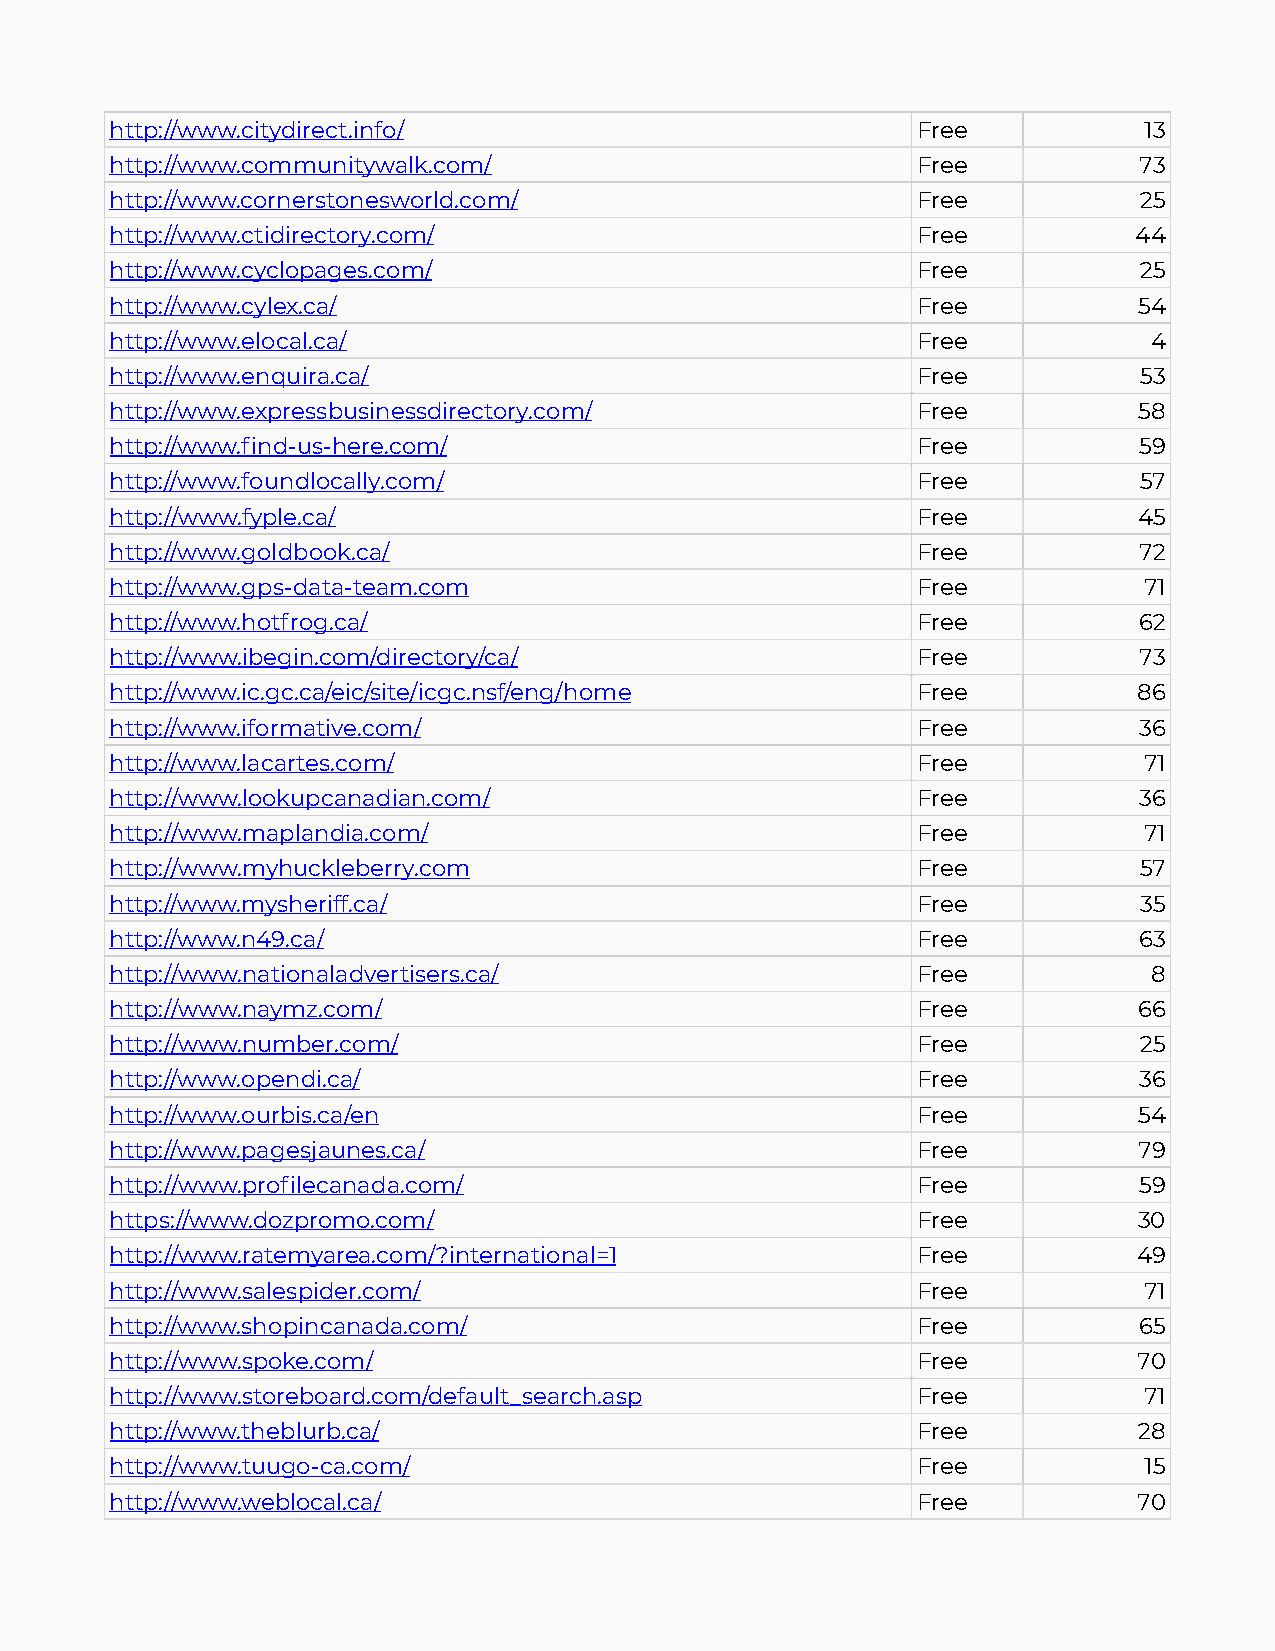
http://www.citydirect.info/                           Free           13
 http://www.communitywalk.com/                         Free          73
 http://www.cornerstonesworld.com/                     Free          25
 http://www.ctidirectory.com/                          Free          44
 http://www.cyclopages.com/                            Free          25
 http://www.cylex.ca/                                  Free          54
 http://www.elocal.ca/                                 Free           4
 http://www.enquira.ca/                                Free          53
 http://www.expressbusinessdirectory.com/              Free          58
 http://www.find-us-here.com/                          Free          59
 http://www.foundlocally.com/                          Free          57
 http://www.fyple.ca/                                  Free          45
 http://www.goldbook.ca/                               Free          72
 http://www.gps-data-team.com                          Free           71
 http://www.hotfrog.ca/                                Free          62
 http://www.ibegin.com/directory/ca/                   Free          73
 http://www.ic.gc.ca/eic/site/icgc.nsf/eng/home        Free          86
 http://www.iformative.com/                            Free          36
 http://www.lacartes.com/                              Free           71
 http://www.lookupcanadian.com/                        Free          36
 http://www.maplandia.com/                             Free           71
 http://www.myhuckleberry.com                          Free          57
 http://www.mysheriff.ca/                              Free          35
 http://www.n49.ca/                                    Free          63
 http://www.nationaladvertisers.ca/                    Free           8
 http://www.naymz.com/                                 Free          66
 http://www.number.com/                                Free          25
 http://www.opendi.ca/                                 Free          36
 http://www.ourbis.ca/en                               Free          54
 http://www.pagesjaunes.ca/                            Free          79
 http://www.profilecanada.com/                         Free          59
 https://www.dozpromo.com/                             Free          30
 http://www.ratemyarea.com/?international=1            Free          49
 http://www.salespider.com/                            Free           71
 http://www.shopincanada.com/                          Free          65
 http://www.spoke.com/                                 Free          70
 http://www.storeboard.com/default_search.asp          Free           71
 http://www.theblurb.ca/                               Free          28
 http://www.tuugo-ca.com/                              Free           15
 http://www.weblocal.ca/                               Free          70